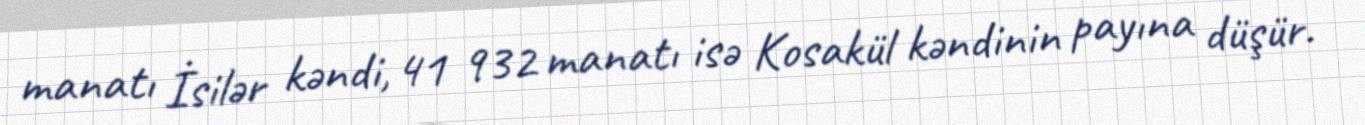
manatı İsilər kəndi, 41 932 manatı isə Kosakül kəndinin payına düşür.